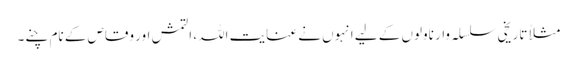
مثلاً تاریخی سلسلہ وار ناولوں کے لیے انہوں نے عنایت اللہ، التمش اور وقاص کے نام چنے۔